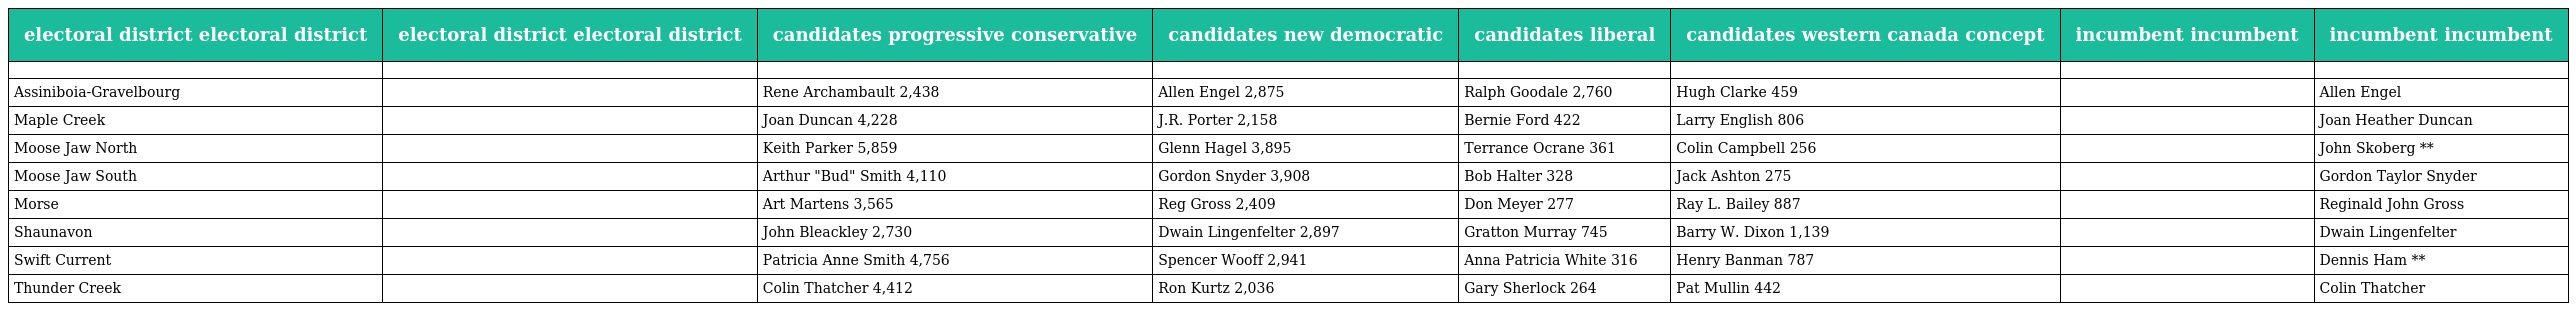
| electoral district electoral district | electoral district electoral district | candidates progressive conservative | candidates new democratic | candidates liberal | candidates western canada concept | incumbent incumbent | incumbent incumbent |
 | --- | --- | --- | --- | --- | --- | --- | --- |
 |  |  |  |  |  |  |  |  |
 | Assiniboia-Gravelbourg |  | Rene Archambault 2,438 | Allen Engel 2,875 | Ralph Goodale 2,760 | Hugh Clarke 459 |  | Allen Engel |
 | Maple Creek |  | Joan Duncan 4,228 | J.R. Porter 2,158 | Bernie Ford 422 | Larry English 806 |  | Joan Heather Duncan |
 | Moose Jaw North |  | Keith Parker 5,859 | Glenn Hagel 3,895 | Terrance Ocrane 361 | Colin Campbell 256 |  | John Skoberg ** |
 | Moose Jaw South |  | Arthur "Bud" Smith 4,110 | Gordon Snyder 3,908 | Bob Halter 328 | Jack Ashton 275 |  | Gordon Taylor Snyder |
 | Morse |  | Art Martens 3,565 | Reg Gross 2,409 | Don Meyer 277 | Ray L. Bailey 887 |  | Reginald John Gross |
 | Shaunavon |  | John Bleackley 2,730 | Dwain Lingenfelter 2,897 | Gratton Murray 745 | Barry W. Dixon 1,139 |  | Dwain Lingenfelter |
 | Swift Current |  | Patricia Anne Smith 4,756 | Spencer Wooff 2,941 | Anna Patricia White 316 | Henry Banman 787 |  | Dennis Ham ** |
 | Thunder Creek |  | Colin Thatcher 4,412 | Ron Kurtz 2,036 | Gary Sherlock 264 | Pat Mullin 442 |  | Colin Thatcher |